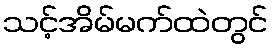
သင့်အိမ်မက်ထဲတွင်